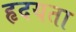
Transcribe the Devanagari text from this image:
हृदयता